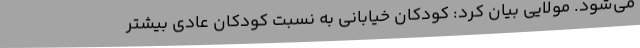
می‌شود. مولایی بیان کرد: کودکان خیابانی به نسبت کودکان عادی بیشتر